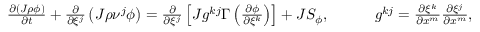
\begin{array} { r } { \frac { \partial \left( J \rho \phi \right) } { \partial t } + \frac { \partial } { \partial \xi ^ { j } } \left( J \rho \nu ^ { j } \phi \right) = \frac { \partial } { \partial \xi ^ { j } } \left[ J g ^ { k j } \Gamma \left( \frac { \partial \phi } { \partial \xi ^ { k } } \right) \right] + J S _ { \phi } , \quad \quad \quad g ^ { k j } = \frac { \partial \xi ^ { k } } { \partial x ^ { m } } \frac { \partial \xi ^ { j } } { \partial x ^ { m } } , } \end{array}